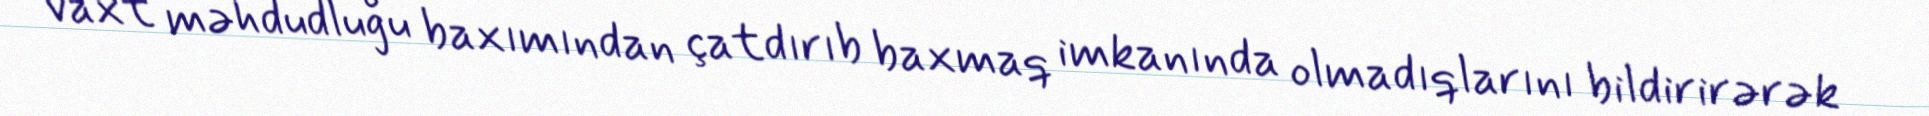
vaxt məhdudluğu baxımından çatdırıb baxmaq imkanında olmadıqlarını bildirirərək